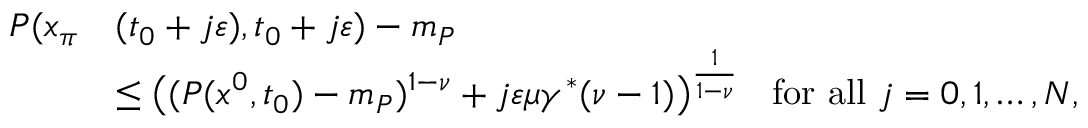
\begin{array} { r l } { P ( x _ { \pi } } & { ( t _ { 0 } + j \varepsilon ) , t _ { 0 } + j \varepsilon ) - m _ { P } } \\ & { \le \big ( ( P ( x ^ { 0 } , t _ { 0 } ) - m _ { P } ) ^ { 1 - \nu } + j \varepsilon \mu \gamma ^ { * } ( \nu - 1 ) \big ) ^ { \frac { 1 } { 1 - \nu } } \; \; \mathrm { ~ f o r ~ a l l ~ } j = 0 , 1 , \dots , N , } \end{array}